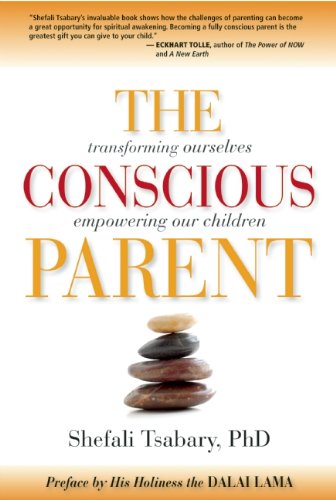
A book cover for The Conscious Parent: Transforming Ourselves, Empowering Our Children; Dr. Shefali Tsabary; Parenting & Relationships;